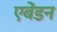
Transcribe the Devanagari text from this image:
एबेंडन